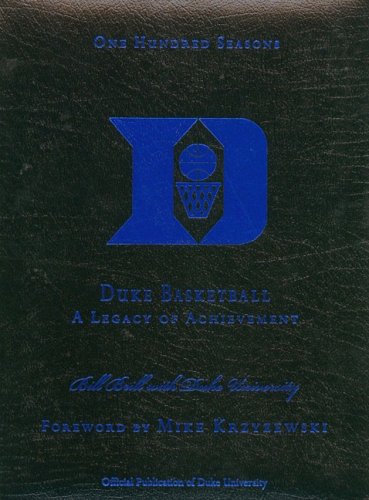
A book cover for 100 Seasons of Duke Basketball: A Legacy of Achievement; Bill Brill; Sports & Outdoors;